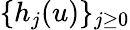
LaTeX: \{ h_{j}(u)\} _{j\geq 0}